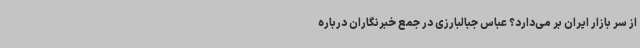
از سر بازار ایران بر می‌دارد؟ عباس جبالبارزی در جمع خبرنگاران درباره